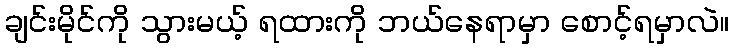
ချင်းမိုင်ကို သွားမယ့် ရထားကို ဘယ်နေရာမှာ စောင့်ရမှာလဲ။